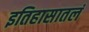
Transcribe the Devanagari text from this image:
इतिहासातलं